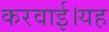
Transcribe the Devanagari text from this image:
करवाई।यह